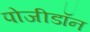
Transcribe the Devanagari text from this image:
पोजीडॉन